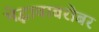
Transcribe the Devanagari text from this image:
भेद्भावाबरोबर